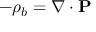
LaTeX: - \rho _ { b } = \nabla \cdot \mathbf { P }